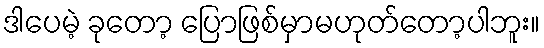
ဒါပေမဲ့ ခုတော့ ပြောဖြစ်မှာမဟုတ်တော့ပါဘူး။